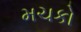
મચકો